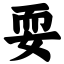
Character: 耍